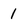
Character: 1